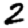
Digit: 2